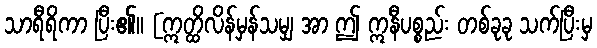
သာရီရိကာ ပြီး၏။ [ဣတ္ထိလိန်မှန်သမျှ အာ ဤ ဣနီပစ္စည်း တစ်ခုခု သက်ပြီးမှ